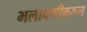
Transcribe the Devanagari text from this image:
भलावणीवरुन